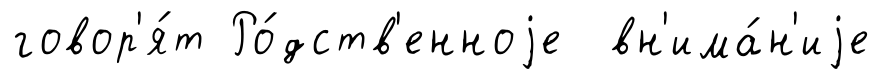
говор'я́т Ро́дств'енноjе вн'има́н'иjе